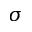
\sigma